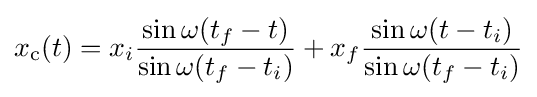
x_{\text{c}}(t)=x_{i}{\frac {\sin \omega (t_{f}-t)}{\sin \omega (t_{f}-t_{i})}}+x_{f}{\frac {\sin \omega (t-t_{i})}{\sin \omega (t_{f}-t_{i})}}